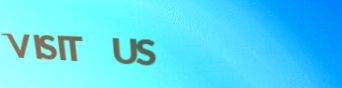
VISIT US